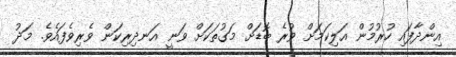
އިންދާފައި ހުރުމުން އަލިކަމަށް ވުރެ ބޮޑަށް މަގުތަކަށް ވަނީ އަނދިރިކަން ވެރިވެފައެވެ. މަދު